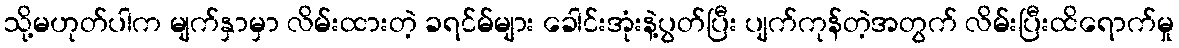
သို့မဟုတ်ပါက မျက်နှာမှာ လိမ်းထားတဲ့ ခရင်မ်များ ခေါင်းအုံးနဲ့ပွတ်ပြီး ပျက်ကုန်တဲ့အတွက် လိမ်းပြီးထိရောက်မှု